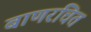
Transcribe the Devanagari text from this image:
बाणरचित